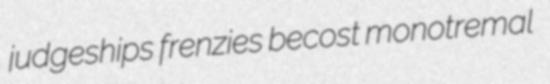
judgeships frenzies becost monotremal